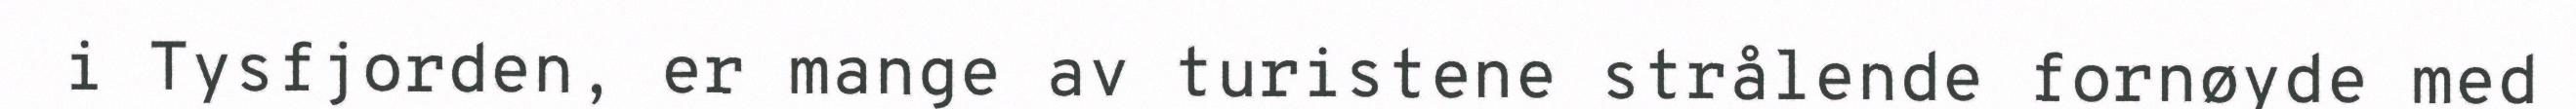
i Tysfjorden, er mange av turistene strålende fornøyde med